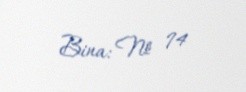
Bina: № 74